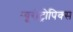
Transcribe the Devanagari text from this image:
न्यूरोट्रोपिक्स